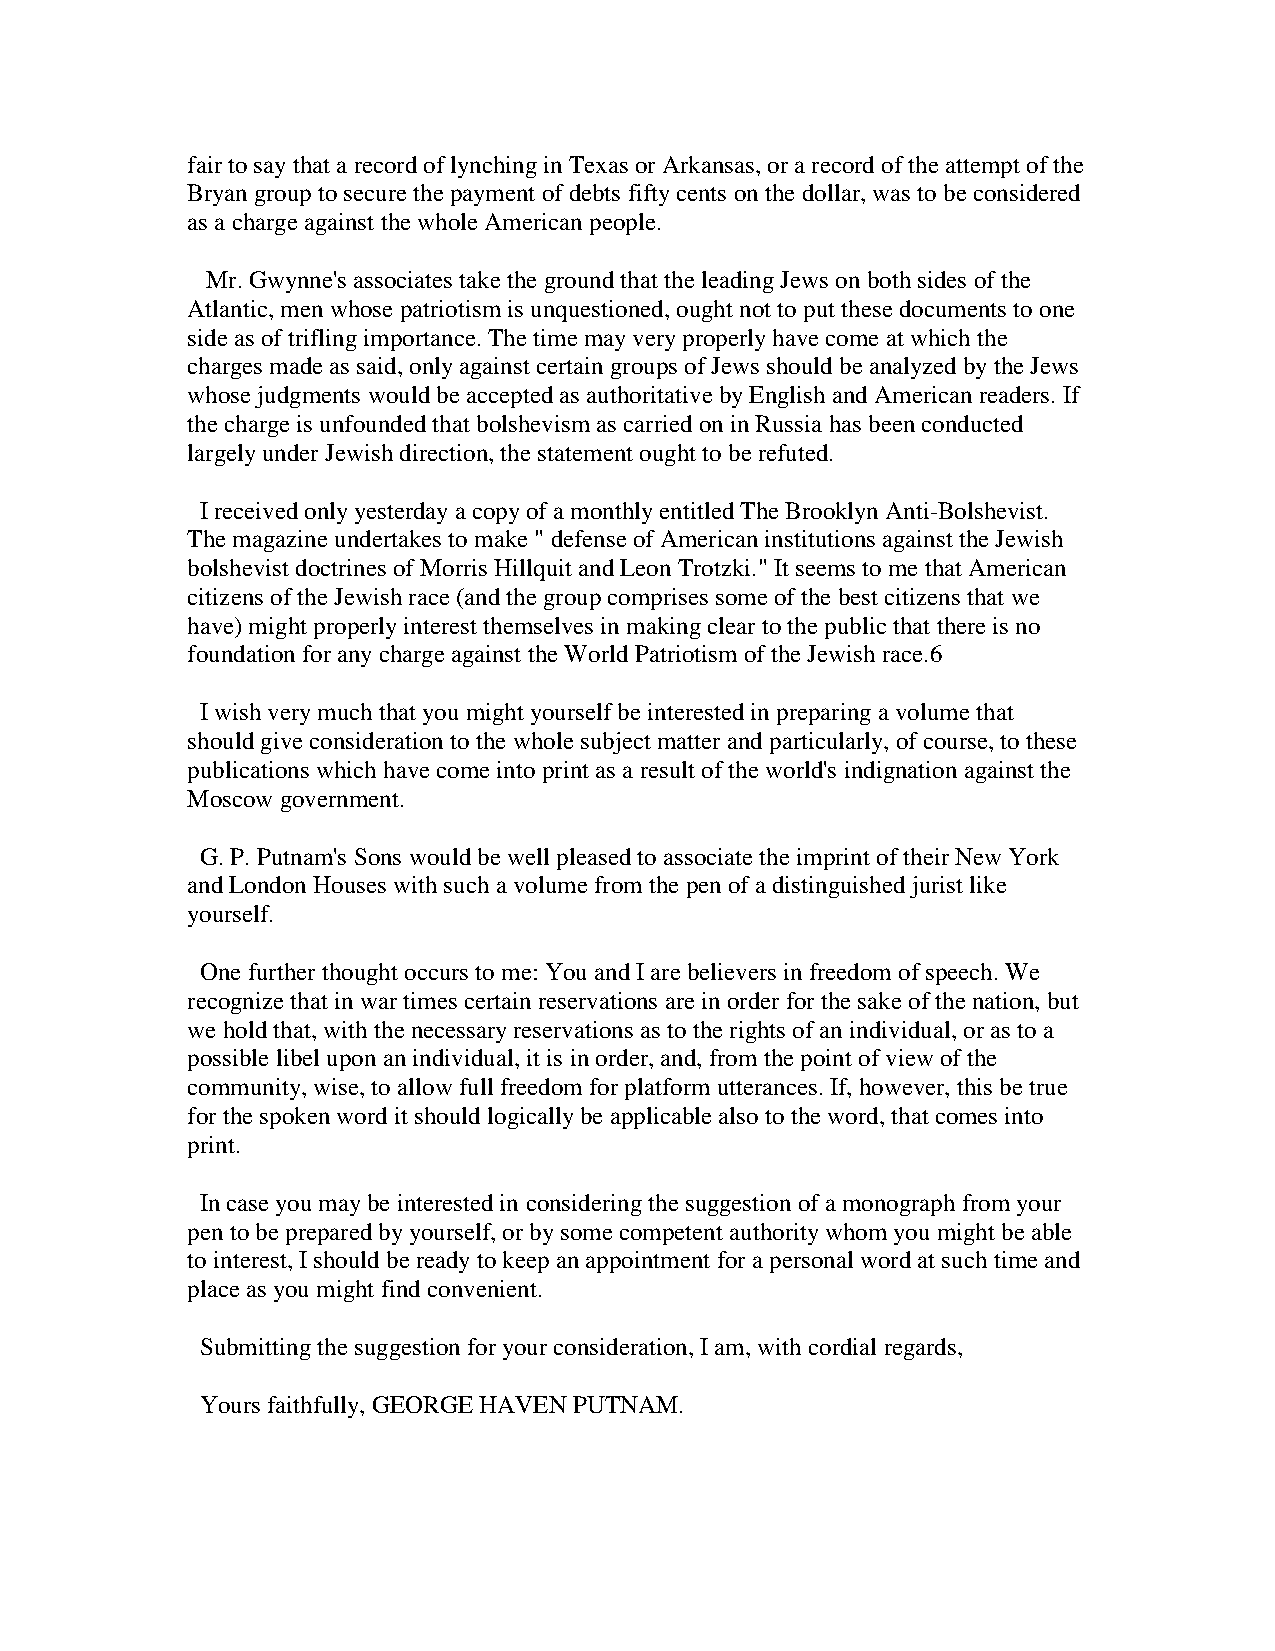
fair to say that a record of lynching in Texas or Arkansas, or a record of the attempt of the
 Bryan group to secure the payment of debts fifty cents on the dollar, was to be considered
 as a charge against the whole American people.
 Mr. Gwynne's associates take the ground that the leading Jews on both sides of the
 Atlantic, men whose patriotism is unquestioned, ought not to put these documents to one
 side as of trifling importance. The time may very properly have come at which the
 charges made as said, only against certain groups of Jews should be analyzed by the Jews
 whose judgments would be accepted as authoritative by English and American readers. If
 the charge is unfounded that bolshevism as carried on in Russia has been conducted
 largely under Jewish direction, the statement ought to be refuted.
 I received only yesterday a copy of a monthly entitled The Brooklyn Anti-Bolshevist.
 The magazine undertakes to make " defense of American institutions against the Jewish
 bolshevist doctrines of Morris Hillquit and Leon Trotzki." It seems to me that American
 citizens of the Jewish race (and the group comprises some of the best citizens that we
 have) might properly interest themselves in making clear to the public that there is no
 foundation for any charge against the World Patriotism of the Jewish race.6
 I wish very much that you might yourself be interested in preparing a volume that
 should give consideration to the whole subject matter and particularly, of course, to these
 publications which have come into print as a result of the world's indignation against the
 Moscow government.
 G. P. Putnam's Sons would be well pleased to associate the imprint of their New York
 and London Houses with such a volume from the pen of a distinguished jurist like
 yourself.
 One further thought occurs to me: You and I are believers in freedom of speech. We
 recognize that in war times certain reservations are in order for the sake of the nation, but
 we hold that, with the necessary reservations as to the rights of an individual, or as to a
 possible libel upon an individual, it is in order, and, from the point of view of the
 community, wise, to allow full freedom for platform utterances. If, however, this be true
 for the spoken word it should logically be applicable also to the word, that comes into
 print.
 In case you may be interested in considering the suggestion of a monograph from your
 pen to be prepared by yourself, or by some competent authority whom you might be able
 to interest, I should be ready to keep an appointment for a personal word at such time and
 place as you might find convenient.
 Submitting the suggestion for your consideration, I am, with cordial regards,
 Yours faithfully, GEORGE HAVEN PUTNAM.